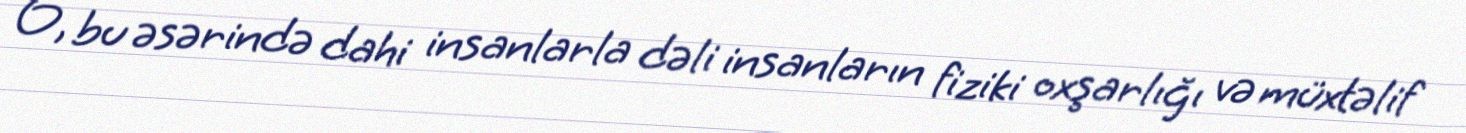
O, bu əsərində dahi insanlarla dəli insanların fiziki oxşarlığı və müxtəlif